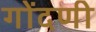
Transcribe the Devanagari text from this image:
गोंदणी